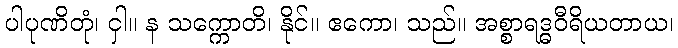
ပါပုဏိတုံ၊ ငှါ။ န သက္ကောတိ၊ နိုင်။ ဧကော၊ သည်။ အစ္စာရဒ္ဓဝီရိယတာယ၊